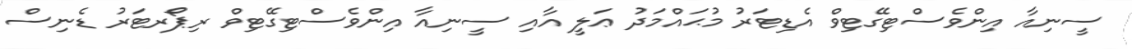
ސީނިއާ އިންވެސްޓިގޭޓިވް އެޑިޓަރު މުޙައްމަދު ޢަލީ އާއި ސީނިއާ އިންވެސްޓިގޭޓިވް ރިޕޯރޓަރު ޑެނިސް